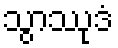
သွာဿုဒံ